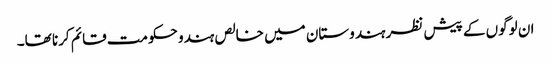
ان لوگوں کے پیش نظر ہندوستان میں خالص ہندو حکومت قائم کرنا تھا۔